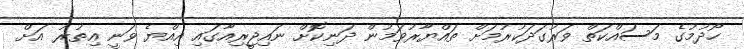
ހޯދުމުގެ މަސައްކަތް ވަރުގަދަކުރުމަށް ތައްޔާރުވަމުން ދަނިކޮށް ނައިޖީރިއާގައި އިއްޔެ ވަނީ އިތުރު އަށް